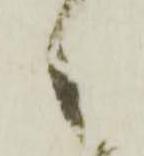
々